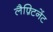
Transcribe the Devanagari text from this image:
लैफ़्टिनेंट